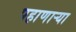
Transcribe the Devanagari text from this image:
पहाणार्‍या